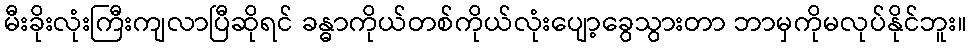
မီးခိုးလုံးကြီးကျလာပြီဆိုရင် ခန္ဓာကိုယ်တစ်ကိုယ်လုံးပျော့ခွေသွားတာ ဘာမှကိုမလုပ်နိုင်ဘူး။